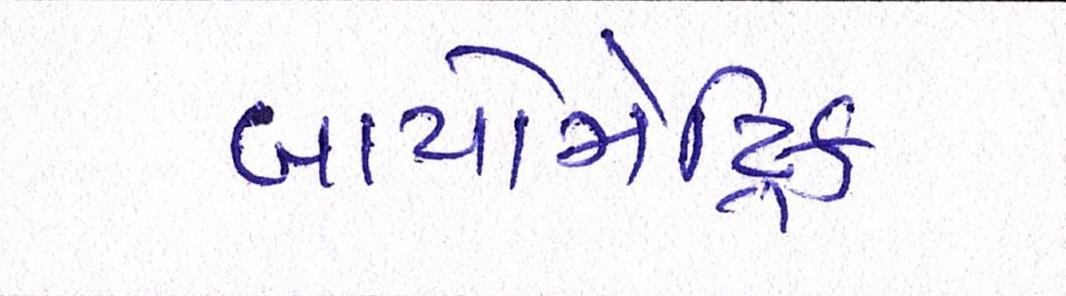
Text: બાયોમેટ્રિક